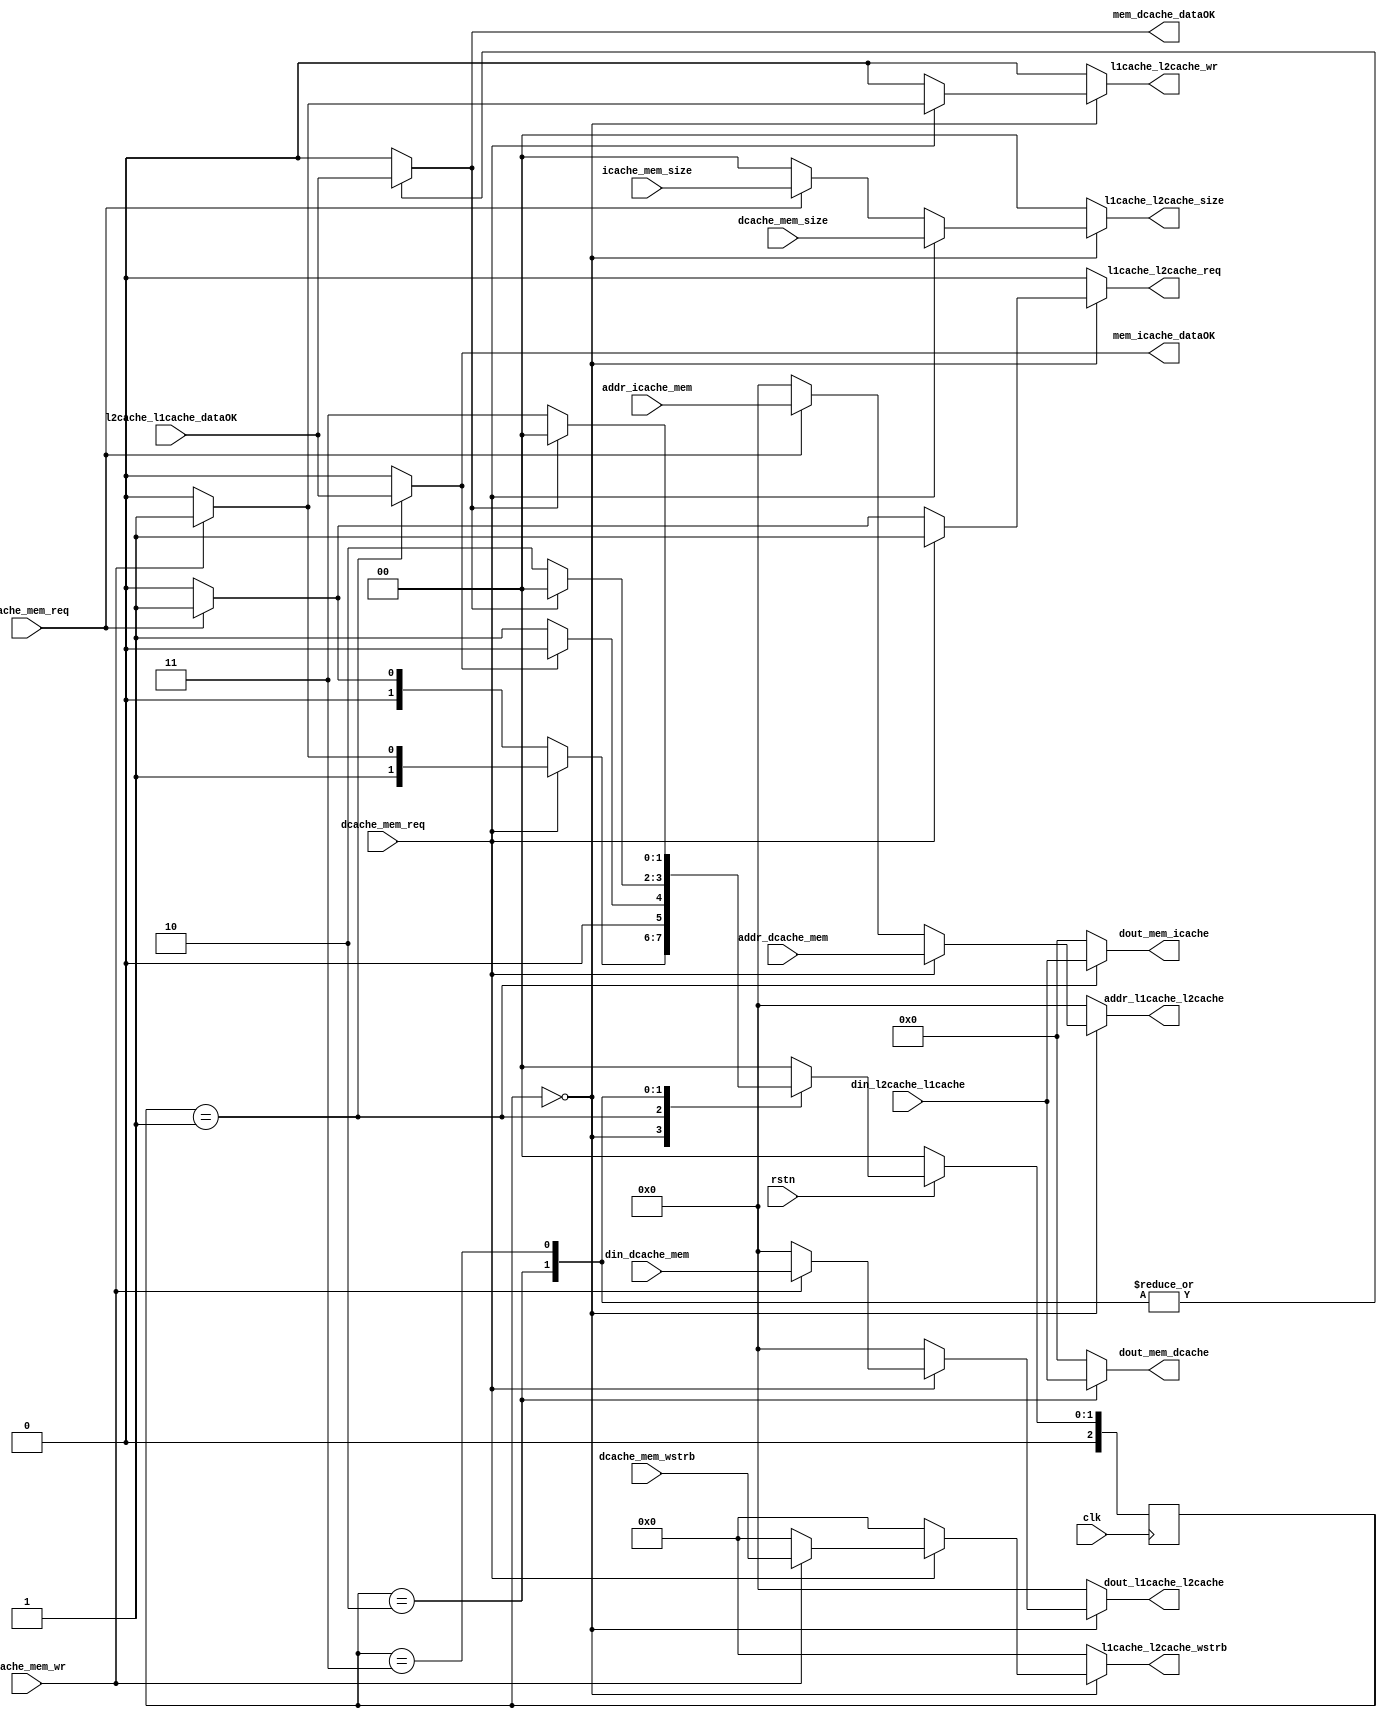
/// L1CacheL2Cache
/// :
/// 1. 
/// 2. L2Cache

`define VERSION1
//`define VERSION2

`ifdef VERSION1
/// addrOK
/// lastl2lensize
/// 
module arbiter #(
    parameter offset_width = 2
)(
    input           clk,
    input           rstn,

    //from icache
    input           [31:0]addr_icache_mem,
    output reg      [32*(2<<offset_width)-1:0]dout_mem_icache,

    input           icache_mem_req,
    input           [1:0]icache_mem_size,
    output reg      mem_icache_dataOK,

    //from dcache
    input           [31:0]addr_dcache_mem,
    output reg      [32*(2<<offset_width)-1:0]dout_mem_dcache,
    input           [31:0]din_dcache_mem,

    input           dcache_mem_req,
    input           [1:0]dcache_mem_size,
    input           dcache_mem_wr,
    input           [3:0]dcache_mem_wstrb,
    output reg         mem_dcache_dataOK,

    //to l2cache
    output reg      [31:0]addr_l1cache_l2cache,
    output reg      [31:0]dout_l1cache_l2cache,
    input           [32*(2<<offset_width)-1:0]din_l2cache_l1cache,

    output reg      l1cache_l2cache_req,
    output reg      [1:0]l1cache_l2cache_size,
    output reg      l1cache_l2cache_wr,
    output reg      [3:0]l1cache_l2cache_wstrb,
    input           l2cache_l1cache_dataOK
);
    
/// 
    localparam 
        IDLE    = 3'd0,
        I_R     = 3'd1,
        D_R     = 3'd2,
        D_W     = 3'd3;

    reg [2:0] state;
    reg [2:0] next_state;

    always @(posedge clk) begin
        if (!rstn) begin
            state<=IDLE;
        end
        else begin
            state<=next_state;
        end
    end

    always @(*) begin
        next_state=IDLE;
        case (state)
            IDLE: begin
                // dcache > dcache > icache
                if (dcache_mem_req) begin
                    if(dcache_mem_wr)   next_state=D_W;//
                    else                next_state=D_R;//
                end
                else if (icache_mem_req)next_state=I_R;
                else                    next_state=IDLE;
            end
            I_R: begin
                if (mem_icache_dataOK)  next_state=IDLE;
                else                    next_state=I_R;
            end
            D_R: begin
                if (mem_dcache_dataOK)  next_state=IDLE;
                else                    next_state=D_R;
            end
            D_W: begin
                if (mem_dcache_dataOK)  next_state=IDLE;
                else                    next_state=D_W;
            end
            default: ;
        endcase
    end

/// 
    always @(*) begin
        dout_mem_icache=0;
        mem_icache_dataOK=0;
        dout_mem_dcache=0;
        mem_dcache_dataOK=0;
        addr_l1cache_l2cache=0;
        dout_l1cache_l2cache=0;
        l1cache_l2cache_req=0;
        l1cache_l2cache_size=0;
        l1cache_l2cache_wr=0;
        l1cache_l2cache_wstrb=0;
        case (state)
            IDLE: begin
                if (dcache_mem_req) begin
                    if (dcache_mem_wr) begin
                        addr_l1cache_l2cache=addr_dcache_mem;
                        dout_l1cache_l2cache=din_dcache_mem;
                        l1cache_l2cache_req=1;
                        l1cache_l2cache_size=dcache_mem_size;
                        l1cache_l2cache_wr=1;
                        l1cache_l2cache_wstrb=dcache_mem_wstrb;
                    end
                    else begin
                        addr_l1cache_l2cache=addr_dcache_mem;
                        l1cache_l2cache_req=1;
                        l1cache_l2cache_size=dcache_mem_size;
                        l1cache_l2cache_wr=0;
                    end
                end
                else if (icache_mem_req) begin
                    addr_l1cache_l2cache=addr_icache_mem;
                    l1cache_l2cache_req=1;
                    l1cache_l2cache_size=icache_mem_size;
                    l1cache_l2cache_wr=0;
                end
            end
            I_R: begin
                dout_mem_icache=din_l2cache_l1cache;
                mem_icache_dataOK=l2cache_l1cache_dataOK;
            end
            D_R: begin
                dout_mem_dcache=din_l2cache_l1cache;
                mem_dcache_dataOK=l2cache_l1cache_dataOK;
            end
            D_W: begin
                mem_dcache_dataOK=l2cache_l1cache_dataOK;
            end
            default: ;
        endcase
    end
endmodule
`endif


`ifdef VERSION2
/// 
/// addrOK
/// lastl2lensize
/// 
module arbiter #(
    parameter offset_width = 2;
)(
    input           clk,
    input           rstn,

    //from icache
    input           [31:0]addr_icache_mem,
    output reg      [32*(2<<offset_width)-1:0]dout_mem_icache,

    input           icache_mem_req,
    input           [1:0]icache_mem_size,
    output reg      mem_icache_dataOK,

    output reg      icache_mem_addrOK,

    //from dcache
    input           [31:0]addr_dcache_mem,
    output reg      [32*(2<<offset_width)-1:0]dout_mem_dcache,
    input           [31:0]din_dcache_mem,

    input           dcache_mem_req,
    input           [1:0]dcache_mem_size,
    input           dcache_mem_wr,
    input           [3:0]dcache_mem_wstrb,
    output reg      mem_dcache_dataOK,

    output reg      dcache_mem_addrOK,

    //to l2cache
    output reg      [31:0]addr_l1cache_l2cache,
    output reg      [31:0]dout_l1cache_l2cache,
    input           [32*(2<<offset_width)-1:0]din_l2cache_l1cache,

    output reg      l1cache_l2cache_req,
    output reg      [1:0]l1cache_l2cache_size,
    output reg      l1cache_l2cache_wr,
    output reg      [3:0]l1cache_l2cache_wstrb,
    input           l2cache_l1cache_dataOK

    input           l2cache_l1cache_addrOK
);
//
    //
    localparam 
        REQ_IDLE= 3'd0,
        I_AR    = 3'd1,
        D_AR    = 3'd2,
        D_W     = 3'd3,

    reg [2:0] req_state;
    reg [2:0] req_next_state;

    always @(posedge clk) begin
        if (!rstn) begin
            req_state<=IDLE;
        end
        else begin
            req_state<=req_next_state;
        end
    end

    always @(*) begin
        req_next_state=IDLE;
        case (req_state)
            IDLE: begin
                if(dcache_mem_req) begin
                    if(dcache_mem_wr)       req_next_state=D_W;
                    else                    req_next_state=D_AR;
                end
                else if(icache_mem_req)     req_next_state=I_AR;
                else                        req_next_state=IDLE;
            end 
            I_AR: begin
                if(l2cache_l1cache_addrOK)  req_next_state=IDLE;
                else                        req_next_state=I_AR;
            end
            D_AR: begin
                if(l2cache_l1cache_addrOK)  req_next_state=IDLE;
                else                        req_next_state=D_AR;
            end
            D_W: begin
                if(l2cache_l1cache_addrOK)  req_next_state=IDLE;
                else                        req_next_state=D_W;
            end
            default: ;
        endcase
    end
    //

    reg [1:0] req_type;//0-ir,1-dr,2-dw
    localparam  
        TYPR_IR = 0,
        TYPE_DR = 1,
        TYPE_DW = 2;
    reg req_valid;

    always @(*) begin
        
    end

//
    //
    localparam 
        RES_IDLE= 3'd0,
        I_R     = 3'd1,
        D_R     = 3'd2,
        D_B     = 3'd3,
    reg [2:0] res_state;
    reg [2:0] res_next_state;

    always @(posedge clk) begin
        if (!rstn) begin
            res_state<=IDLE;
        end
        else begin
            res_state<=res_next_state;
        end
    end
    always @(*) begin
        res_next_state=IDLE;
        case (res_state)
            IDLE: begin
                if(req_valid) begin
                    case (req_type)
                        TYPR_IR:    res_next_state=I_R;
                        TYPE_DR:    res_next_state=D_R;
                        TYPE_DW:    res_next_state=D_B;
                        default: ;
                    endcase
                end
                else begin
                    res_next_state=IDLE;
                end
            end 
            I_R: begin
                if(l2cache_l1cache_dataOK)  res_next_state=IDLE;
                else                        res_next_state=I_R;
            end
            D_R: begin
                if(l2cache_l1cache_dataOK)  res_next_state=IDLE;
                else                        res_next_state=D_R;
            end
            D_B: begin
                if(l2cache_l1cache_dataOK)  res_next_state=IDLE;
                else                        res_next_state=D_B;
            end
            default: ;
        endcase 
    end
    //
    always @(*) begin
        
    end
endmodule
`endif